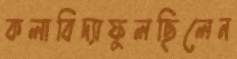
কলাবিদ্যাফুলছিলেন